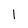
Character: 1